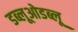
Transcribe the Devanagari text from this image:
डब्लूओडब्लू